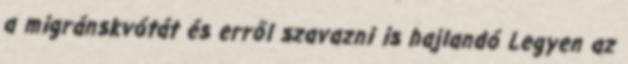
a migránskvótát és erről szavazni is hajlandó Legyen az